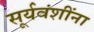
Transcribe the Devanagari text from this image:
सूर्यवंशींना